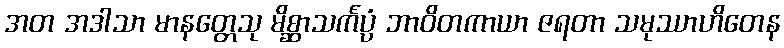
အတ အဒါသာ မာနတ္တေသု မိစ္ဆာသင်္ကပ္ပံ ဘာဝိတကာယာ ဇရတာ သမုဿာဟိတေန